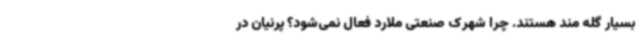
بسیار گله مند هستند. چرا شهرک صنعتی ملارد فعال نمی‌شود؟ پرنیان در